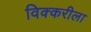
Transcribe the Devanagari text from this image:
विक्करीला